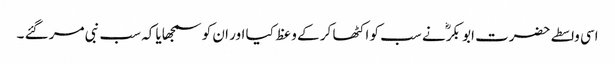
اسی واسطے حضرت ابو بکرؓ نے سب کو اکٹھا کر کے وعظ کیا اور ان کو سمجھایا کہ سب نبی مر گئے ۔